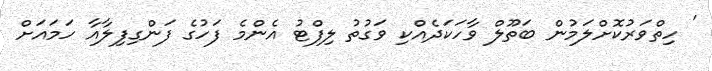
' ހިތްވަރުކޮށްލަމުން ބަތޫލް ވާހަކަދެއްކި ވަގުތު ލިފްޓު އެންމެ ފަހުގެ ފަންގިފިލާއާ ހަމައަށް